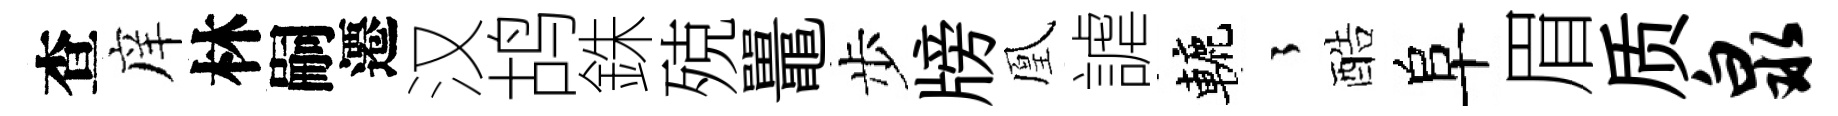
查庠林嗣遷汉鸪銖殑鼉步牓凰謔轆徃酷阜眉质泉